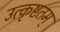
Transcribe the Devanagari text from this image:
उत्कृष्टतम्